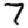
Digit: 7